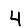
Digit: 4